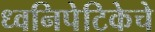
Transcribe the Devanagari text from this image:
ध्वनिपेटिकेचे